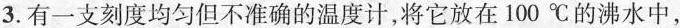
3.有一支刻度均匀但不准确的温度计，将它放在100℃的沸水中，